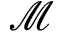
\mathcal { M }